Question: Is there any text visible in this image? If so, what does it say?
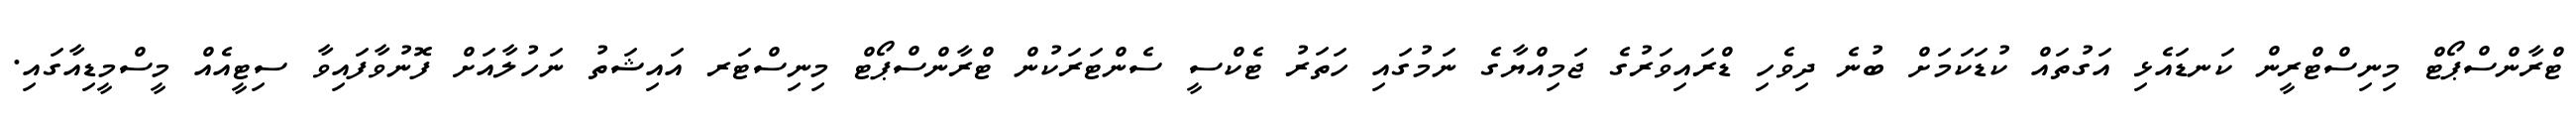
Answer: ޓްރާންސްޕޯޓް މިނިސްޓްރީން ކަނޑައެޅި އަގުތައް ކުޑަކަމަށް ބުނެ ދިވެހި ޑްރައިވަރުގެ ޖަމިއްޔާގެ ނަމުގައި ހަތަރު ޓެކްސީ ސެންޓަރަކުން ޓްރާންސްޕޯޓް މިނިސްޓަރ އައިޝަތު ނަހުލާއަށް ފޮނުވާފައިވާ ސިޓީއެއް މީސްމީޑިއާގައި.